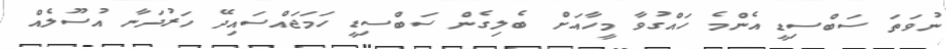
ނުވަތަ ސަބްސިޑީ އެންމެ ހައްގުވާ މީހާއަށް ބެލިގެން ސަބްސިޑީ ހަމަޖައްސައިދޭ ހަރުދަނާ އުސޫލެއް